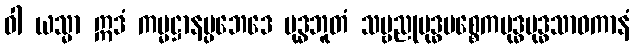
ဝါ ယသ္မာ ဣဒံ ကမ္မဋ္ဌာနပ္ပဘေဒေ မုဒ္ဓဘူတံ သဗ္ဗညုဗုဒ္ဓပစ္စေကဗုဒ္ဓဗုဒ္ဓသာဝကာနံ